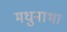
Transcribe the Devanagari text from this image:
मधुनाभा